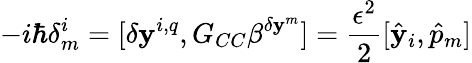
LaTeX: -i\hbar\delta_{m}^{i}=[\delta\mathbf{y}^{i,q},G_{CC}\beta^{\delta\mathbf{y}^{m}}]=\frac{{\epsilon^{2}}}{{2}}[{\hat{{\mathbf{y}}}}_{i},{\hat{{p}}}_{m}]